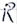
Text: R